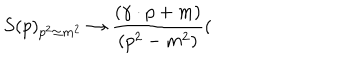
S ( p ) _ { p ^ { 2 } \simeq m ^ { 2 } } \rightarrow \frac { ( \gamma \cdot p + m ) } { ( p ^ { 2 } - m ^ { 2 } ) } (